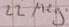
Text: 22 Meg.